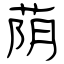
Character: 荫